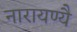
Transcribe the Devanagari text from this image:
नारायण्यै